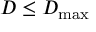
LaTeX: D \leq D _ { \operatorname* { m a x } }